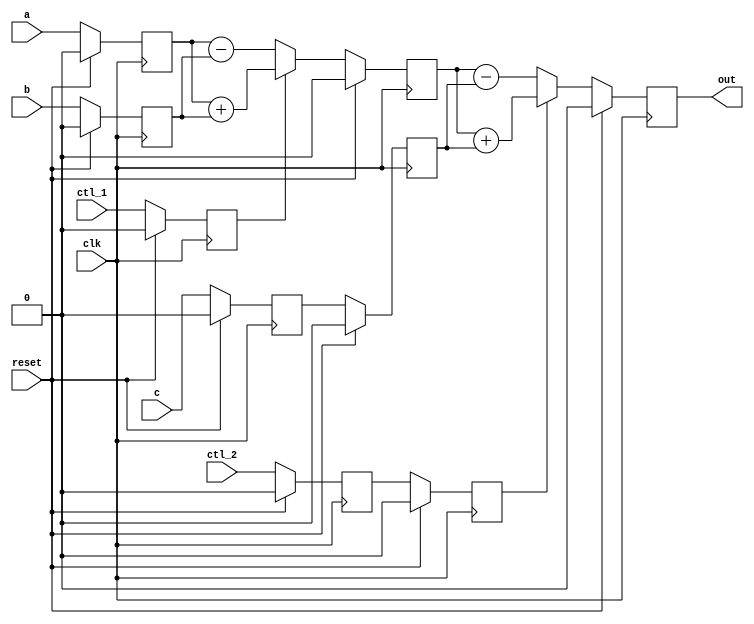
module impl(clk, reset, ctl_1, ctl_2, a, b, c, out);
 	output wire	out;

	input wire	clk, reset;
	input wire	ctl_1, ctl_2;
	input wire a, b, c;

	reg	p1_ctl_1, p1_ctl_2;
	reg p1_a, p1_b, p1_c;
	
	reg	p2_ctl_2;
	reg p2_m, p2_c;

	reg p3_n;
	
	assign out = p3_n;

	initial begin
		p1_ctl_1		= 1'b0;
		p1_ctl_2		= 1'b0;
		p1_a			= 1'd0;
		p1_b			= 1'd0;
		p1_c			= 1'd0;
		p2_ctl_2		= 1'b0;
		p2_m			= 1'd0;
		p2_c			= 1'd0;
		p3_n			= 1'd0;
	end
	
	always @(posedge clk) begin
		if (reset == 1'b1) begin
			p1_ctl_1		<= 1'b0;
			p1_ctl_2		<= 1'b0;
			p1_a			<= 1'd0;
			p1_b			<= 1'd0;
			p1_c			<= 1'd0;
			p2_ctl_2		<= 1'b0;
			p2_m			<= 1'd0;
			p2_c			<= 1'd0;
			p3_n			<= 1'd0;
		end else begin
			p1_ctl_1		<= ctl_1;
			p1_ctl_2		<= ctl_2;
			p1_a			<= a;
			p1_b			<= b;
			p1_c			<= c;
			p2_ctl_2		<= p1_ctl_2;
			p2_m			<= p1_ctl_1 ? p1_a + p1_b : p1_a - p1_b;
			p2_c			<= p1_c;
			p3_n			<= p2_ctl_2 ? p2_m + p2_c : p2_m - p2_c;
		end
	end
endmodule // mult